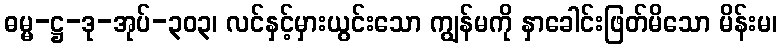
ဓမ္မ-ဋ္ဌ-ဒု-အုပ်-၃၀၃၊ လင်နှင့်မှားယွင်းသော ကျွန်မကို နှာခေါင်းဖြတ်မိသော မိန်းမ၊